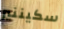
سكيننير